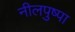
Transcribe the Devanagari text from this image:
नीलपुष्पा